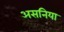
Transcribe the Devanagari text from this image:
असनिया